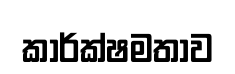
කාර්ක්ෂමතාව